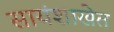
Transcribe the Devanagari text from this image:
सायंशाखेत